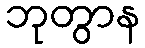
ဘုတွာန